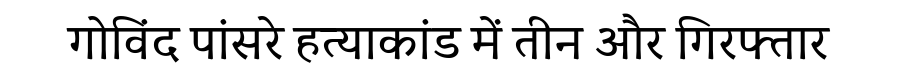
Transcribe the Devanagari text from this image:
गोविंद पांसरे हत्याकांड में तीन और गिरफ्तार